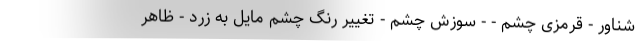
شناور - قرمزی چشم - - سوزش چشم - تغییر رنگ چشم مایل به زرد - ظاهر